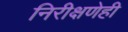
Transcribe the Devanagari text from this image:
निरीक्षणेही